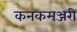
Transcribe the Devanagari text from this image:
कनकमञ्जरी